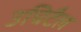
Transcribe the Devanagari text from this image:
उचिटैल